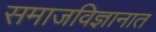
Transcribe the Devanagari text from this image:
समाजविज्ञानात